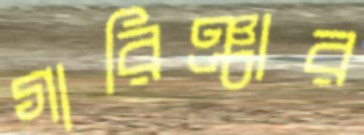
গারিঞ্চার